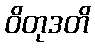
ဝိတုဒတိ